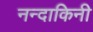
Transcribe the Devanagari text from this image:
नन्दाकिनी